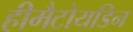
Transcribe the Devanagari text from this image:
हीमैटोयडिन